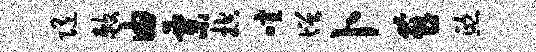
随敕由粟控喧增卜燕熙